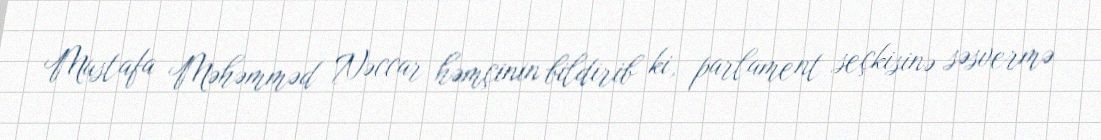
Mustafa Məhəmməd Nəccar həmçinin bildirib ki, parlament seçkisinə səsvermə